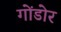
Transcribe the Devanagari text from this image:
गोंडोर